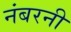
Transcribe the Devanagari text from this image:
नंबरनी